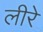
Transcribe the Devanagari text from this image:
लीरे